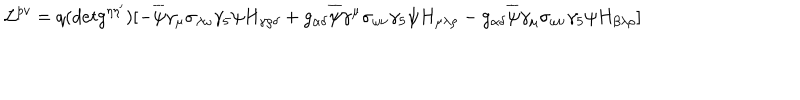
LaTeX: { \cal { L } } ^ { p v } = q ( d e t g ^ { \eta \eta ^ { \prime } } ) [ - \overline { { { \psi } } } \gamma _ { \mu } \sigma _ { \lambda \omega } \gamma _ { 5 } \psi H _ { \gamma \rho \delta } + g _ { \alpha \delta } \overline { { { \psi } } } \gamma ^ { \mu } \sigma _ { \omega \nu } \gamma _ { 5 } \psi H _ { \mu \lambda \rho } - g _ { \alpha \delta } \overline { { { \psi } } } \gamma _ { \mu } \sigma _ { \omega \nu } \gamma _ { 5 } \psi H _ { \beta \lambda \rho } ]